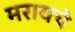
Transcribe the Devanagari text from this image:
मरायचे